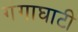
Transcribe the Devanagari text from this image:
गंगाघाटी